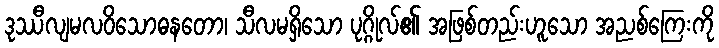
ဒုဿီလျမလဝိသောဓနတော၊ သီလမရှိသော ပုဂ္ဂိုလ်၏ အဖြစ်တည်းဟူသော အညစ်ကြေးကို